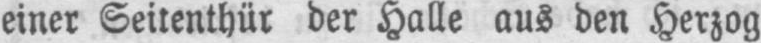
einer Seitenthür der Halle aus den Herzog